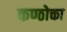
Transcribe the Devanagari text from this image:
कण्ठोक्ता